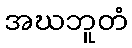
အဃဘူတံ